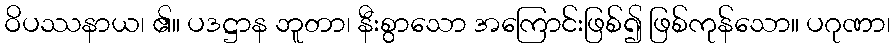
ဝိပဿနာယ၊ ၏။ ပဒဋ္ဌာန ဘူတာ၊ နီးစွာသော အကြောင်းဖြစ်၍ ဖြစ်ကုန်သော။ ပဂုဏာ၊